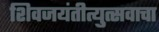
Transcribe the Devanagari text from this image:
शिवजयंतीत्युत्सवाचा